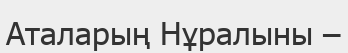
Аталарың Нұралыны –